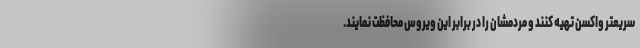
سریعتر واکسن تهیه کنند و مردمشان را در برابر این ویروس محافظت نمایند.